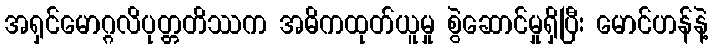
အရှင်မောဂ္ဂလိပုတ္တတိဿက အဓိကထုတ်ယူမှု စွဲဆောင်မှုရှိပြီး မောင်ဟန်နဲ့